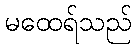
မထေရ်သည်